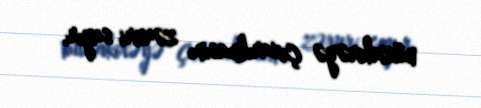
müzakirəyə çıxarılmasını zəruri sayır.